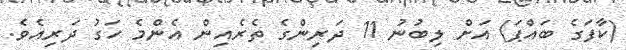
(ކާފަގެ ބައްޕަ) އަށް ލިބުނު 11 ދަރިންގެ ތެރެއިން އެންމެ ހަގު ދަރިއެވެ.